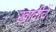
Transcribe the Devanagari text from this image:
खादीचें